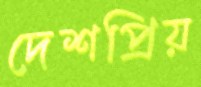
দেশপ্রিয়